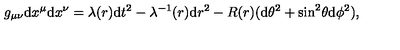
g _ { \mu \nu } \mathrm { d } x ^ { \mu } \mathrm { d } x ^ { \nu } = \lambda ( r ) \mathrm { d } t ^ { 2 } - \lambda ^ { - 1 } ( r ) \mathrm { d } r ^ { 2 } - R ( r ) ( \mathrm { d } \theta ^ { 2 } + \mathrm { s i n } ^ { 2 } \theta \mathrm { d } \phi ^ { 2 } ) ,